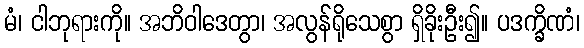
မံ၊ ငါဘုရားကို။ အဘိဝါဒေတွာ၊ အလွန်ရိုသေစွာ ရှိခိုးဦး၍။ ပဒက္ခိဏံ၊